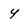
Character: 4